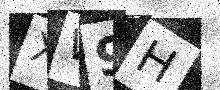
Text: XW9H